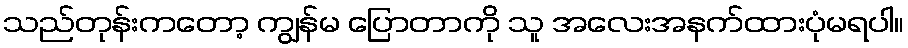
သည်တုန်းကတော့ ကျွန်မ ပြောတာကို သူ အလေးအနက်ထားပုံမရပါ။